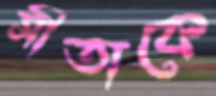
সীতাকে